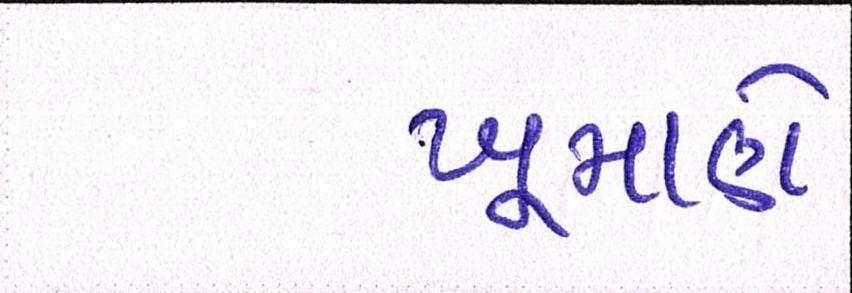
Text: ખૂમાણે